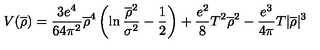
V ( \overline { { \rho } } ) = \frac { 3 e ^ { 4 } } { 6 4 \pi ^ { 2 } } \overline { { \rho } } ^ { 4 } \left( \ln \frac { \overline { { \rho } } ^ { 2 } } { \sigma ^ { 2 } } - \frac { 1 } { 2 } \right) + \frac { e ^ { 2 } } { 8 } T ^ { 2 } \overline { { \rho } } ^ { 2 } - \frac { e ^ { 3 } } { 4 \pi } T | \overline { { \rho } } | ^ { 3 }